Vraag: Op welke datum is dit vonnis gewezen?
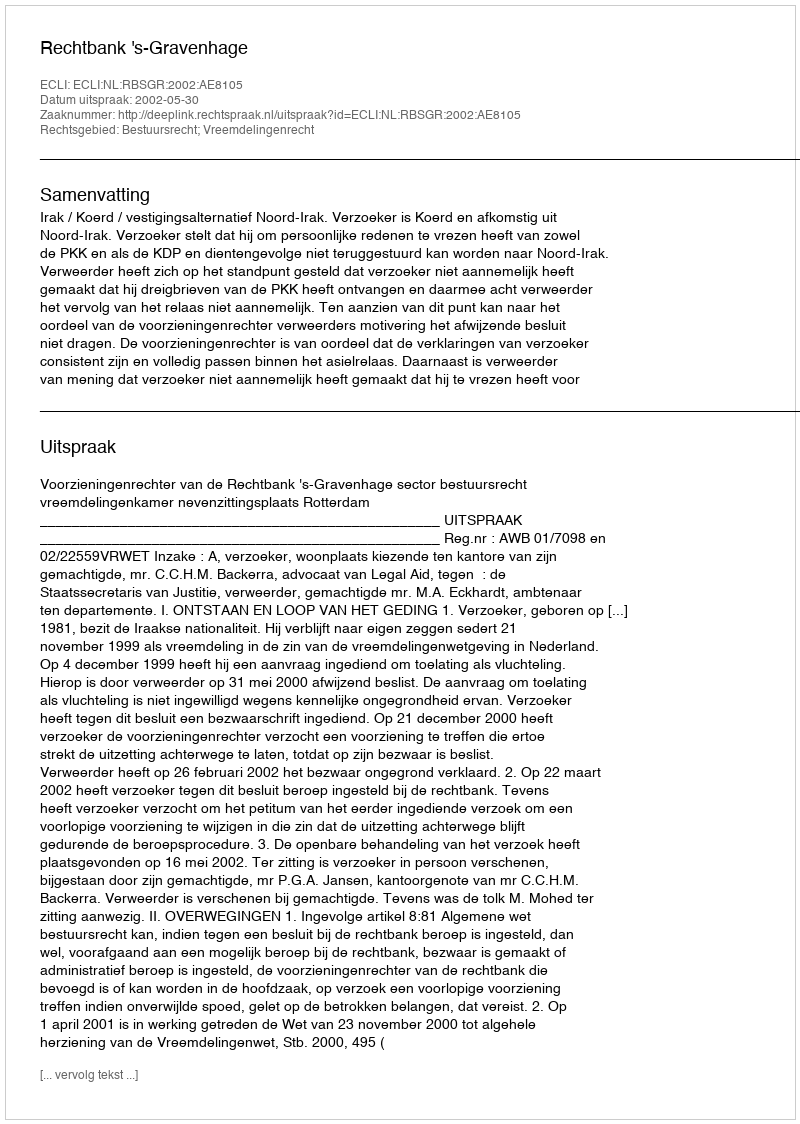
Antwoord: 2002-05-30